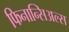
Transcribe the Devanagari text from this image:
फिनान्सिअल्स